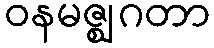
ဝနမဇ္ဈဂတာ